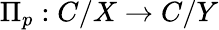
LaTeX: \Pi_{p}:C/X\to C/Y